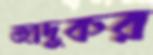
জাদুকর